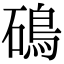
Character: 䲽